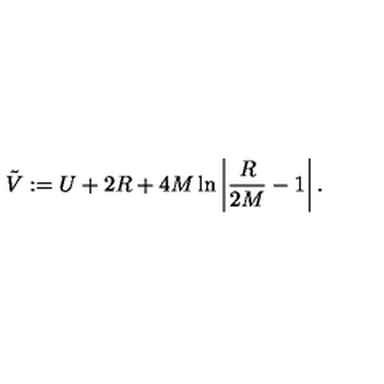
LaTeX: \tilde { V } : = U + 2 R + 4 M \ln \left| \frac { R } { 2 M } - 1 \right| .